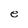
Character: e